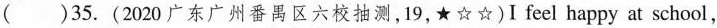
()35.(2020广东广州番禺区六校抽测,19,★☆☆)I feel happy at school,